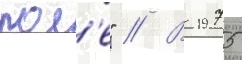
пол'е" // В 1975